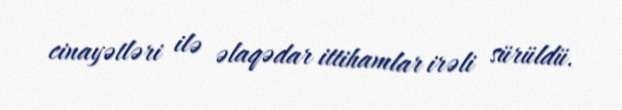
cinayətləri ilə əlaqədar ittihamlar irəli sürüldü.